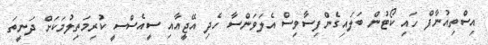
އިސްތިއުނާފް ހައި ކޯޓުން ބަލައިގެންފިސާވިސް އެލަވަންސާ ހެދި އޭޖީއާއި ސީއެސްސީ ކުރިމަތިލުމަކަށް ދަނީތަ